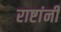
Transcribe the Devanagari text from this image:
राष्टांनी